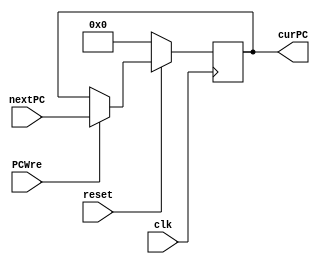
`timescale 1ns / 1ps
//////////////////////////////////////////////////////////////////////////////////
// Company: 
// Engineer: 
// 
// Design Name: 
// Module Name:    PC 
// Project Name: 
// Target Devices: 
// Tool versions: 
// Description: 
//
// Dependencies: 
//
// Revision: 
// Revision 0.01 - File Created
// Additional Comments: 
//
//////////////////////////////////////////////////////////////////////////////////
module PC( clk, reset, PCWre, nextPC, curPC);
    input clk, reset, PCWre;    // clkresetPCWrePC
    input [31:0] nextPC;        // nextPCPC
    output reg [31:0] curPC;   // PC

	// 
    always@(posedge clk) begin
        if( reset == 0)
            curPC <= 0;  // PC0, 0
        else if (PCWre)
			curPC = nextPC;  // 
    end
endmodule